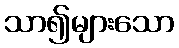
သာ၍များသော